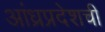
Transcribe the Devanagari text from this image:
आंध्रप्रदेशची